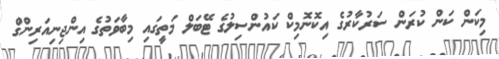
މިކަން ކަން ކުރަން ސަރުކާރުގެ އިކޮނޮމިކް ކައުންސިލުގެ ޓޭބަލް މަތީގައި މިބާވަތުގެ އިންޖިނިއަރިންގް